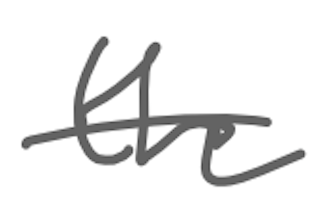
Text: the
Cross-out: single-line
Writing tool: digital_gray